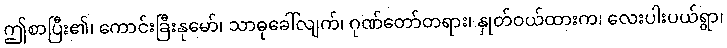
ဤစာပြီး၏၊ ကောင်းခြီးနုမော်၊ သာဓုခေါ်လျက်၊ ဂုဏ်တော်တရား၊ နှုတ်ဝယ်ထားက၊ လေးပါးပယ်ရွာ၊